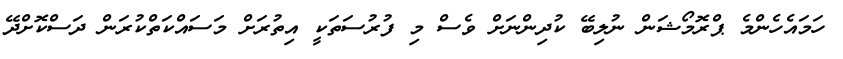
ހަމައެހެންމެ ޕްރޮމޯޝަން ނުލިބޭ ކުދިންނަށް ވެސް މި ފުރުސަތަކީ އިތުރަށް މަސައްކަތްކުރަން ދަސްކޮށްދޭ